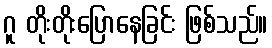
ဂူ တိုးတိုးပြောနေခြင်း ဖြစ်သည်။